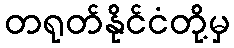
တရုတ်နိုင်ငံတို့မှ